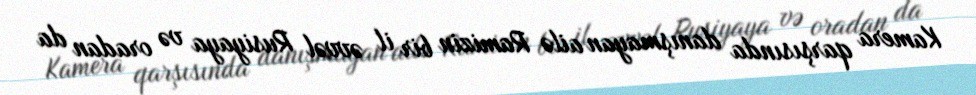
Kamera qarşısında danışmayan ailə Ramizin bir il əvvəl Rusiyaya və oradan da